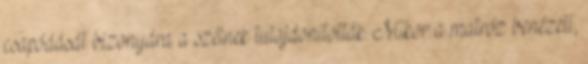
csapódását bizonyára a szélnek tulajdonították. Mikor a matróz benézett,